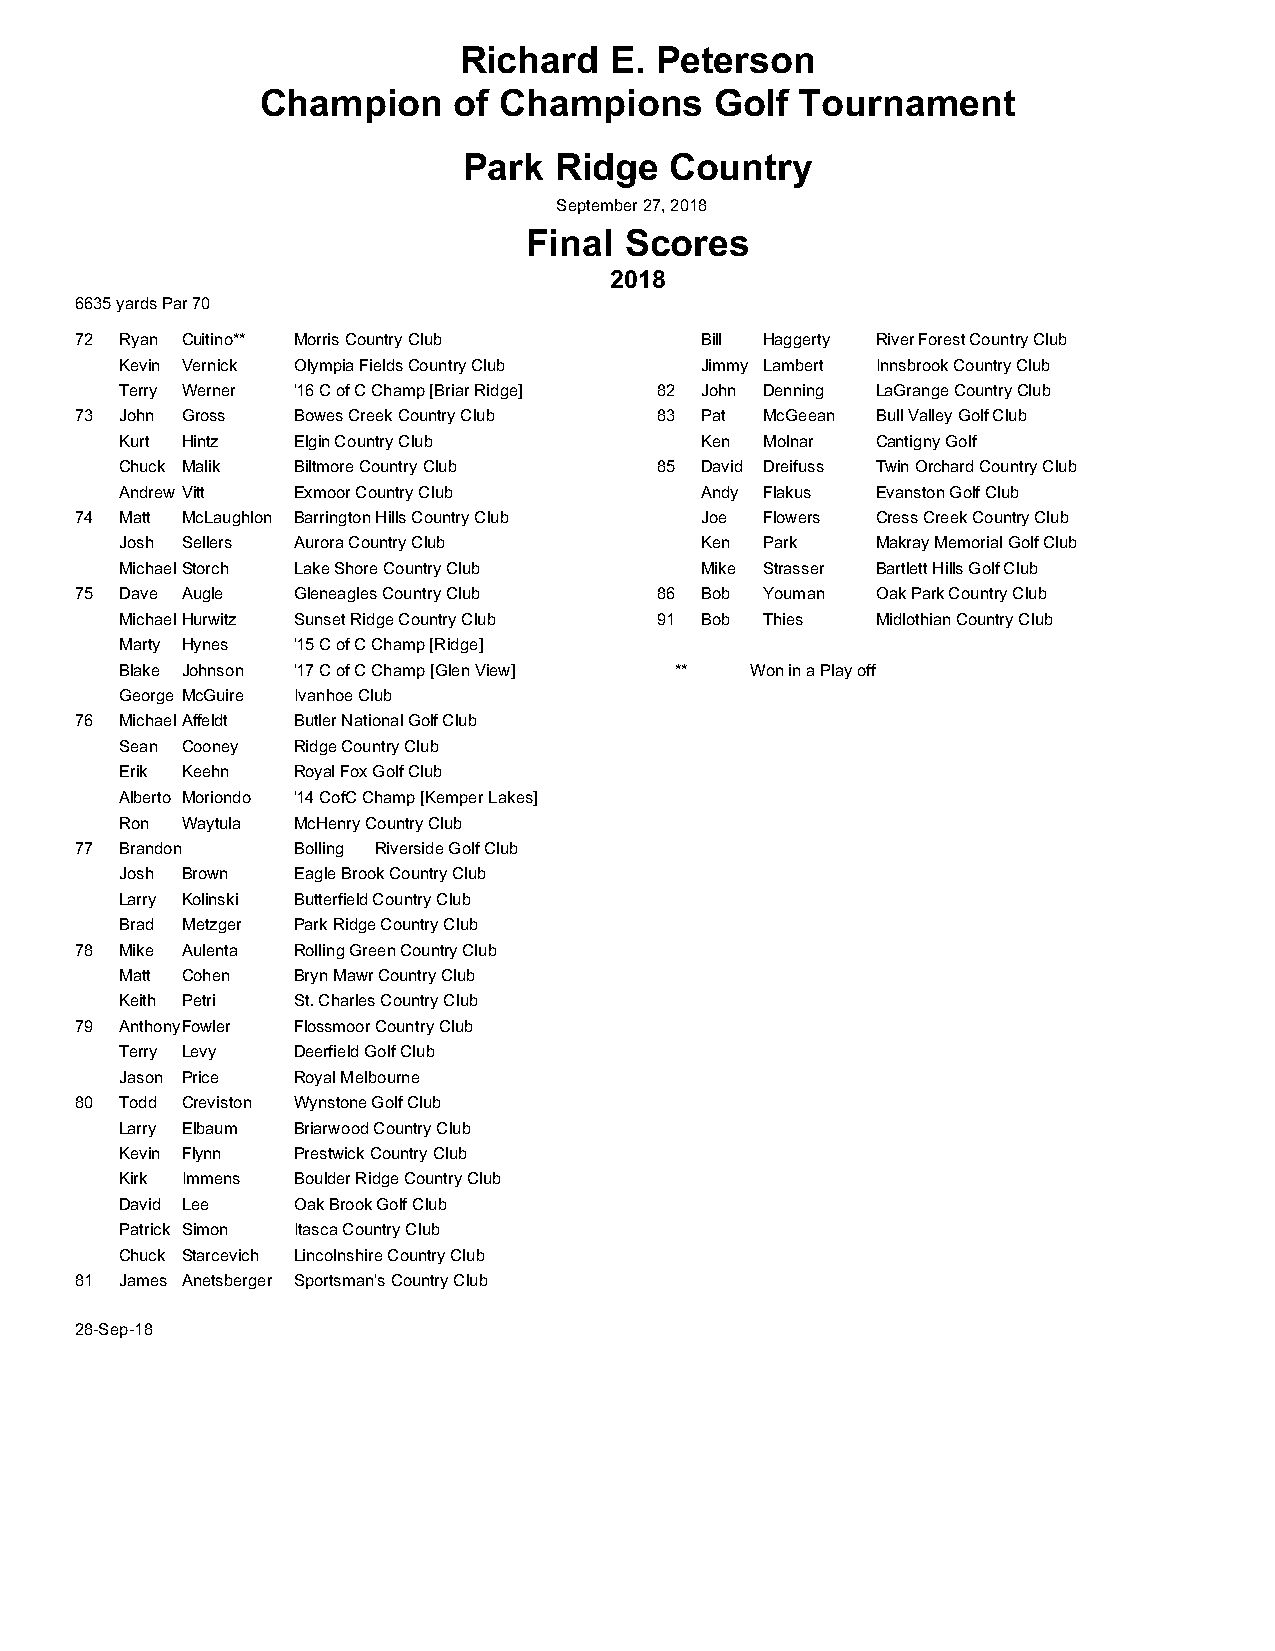
Richard   E. Peterson
 Champion     of Champions     Golf  Tournament
 Park  Ridge  Country
 September 27, 2018
 Final Scores
 2018
 6635 yards Par 70
 72 Ryan Cuitino** Morris Country Club    Bill Haggerty River Forest Country Club
 Kevin Vernick Olympia Fields Country Club Jimmy Lambert Innsbrook Country Club
 Terry Werner '16 C of C Champ [Briar Ridge] 82 John Denning LaGrange Country Club
 73 John Gross Bowes Creek Country Club 83 Pat McGeean Bull Valley Golf Club
 Kurt Hintz Elgin Country Club         Ken  Molnar Cantigny Golf
 Chuck Malik Biltmore Country Club  85 David Dreifuss Twin Orchard Country Club
 Andrew Vitt Exmoor Country Club       Andy Flakus Evanston Golf Club
 74 Matt McLaughlon Barrington Hills Country Club Joe Flowers Cress Creek Country Club
 Josh Sellers Aurora Country Club      Ken  Park   Makray Memorial Golf Club
 Michael Storch Lake Shore Country Club Mike Strasser Bartlett Hills Golf Club
 75 Dave Augle Gleneagles Country Club 86 Bob  Youman Oak Park Country Club
 Michael Hurwitz Sunset Ridge Country Club 91 Bob Thies Midlothian Country Club
 Marty Hynes '15 C of C Champ [Ridge]
 Blake Johnson '17 C of C Champ [Glen View] ** Won in a Play off
 George McGuire Ivanhoe Club
 76 Michael Affeldt Butler National Golf Club
 Sean Cooney Ridge Country Club
 Erik Keehn Royal Fox Golf Club
 Alberto Moriondo '14 CofC Champ [Kemper Lakes]
 Ron Waytula McHenry Country Club
 77 Brandon    Bolling Riverside Golf Club
 Josh Brown Eagle Brook Country Club
 Larry Kolinski Butterfield Country Club
 Brad Metzger Park Ridge Country Club
 78 Mike Aulenta Rolling Green Country Club
 Matt Cohen Bryn Mawr Country Club
 Keith Petri St. Charles Country Club
 79 Anthony Fowler Flossmoor Country Club
 Terry Levy Deerfield Golf Club
 Jason Price Royal Melbourne
 80 Todd Creviston Wynstone Golf Club
 Larry Elbaum Briarwood Country Club
 Kevin Flynn Prestwick Country Club
 Kirk Immens Boulder Ridge Country Club
 David Lee  Oak Brook Golf Club
 Patrick Simon Itasca Country Club
 Chuck Starcevich Lincolnshire Country Club
 81 James Anetsberger Sportsman's Country Club
 28-Sep-18